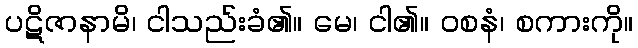
ပဋိဇာနာမိ၊ ငါသည်းခံ၏။ မေ၊ ငါ၏။ ဝစနံ၊ စကားကို။